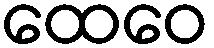
ထေဝေ